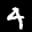
Label: 4